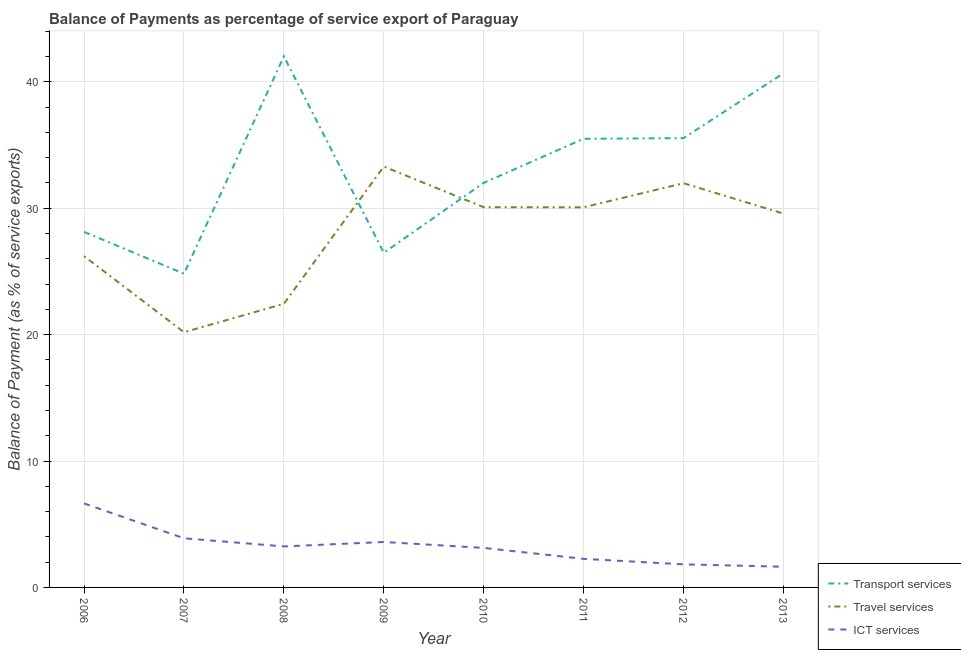
| Year | Transport services | Travel services | ICT services |
 | --- | --- | --- | --- |
 | 2006 | 28.1 | 26.2 | 6.64 |
 | 2007 | 24.8 | 20.2 | 3.89 |
 | 2008 | 42 | 22.4 | 3.24 |
 | 2009 | 26.5 | 33.3 | 3.59 |
 | 2010 | 32 | 30.1 | 3.13 |
 | 2011 | 35.5 | 30.1 | 2.26 |
 | 2012 | 35.5 | 32 | 1.83 |
 | 2013 | 40.7 | 29.6 | 1.64 |